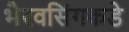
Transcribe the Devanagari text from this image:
भैरवसिंगकडे